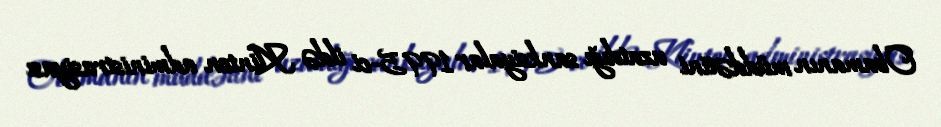
Obamanın müddətini uzatdığı sanksiyalar 1995-ci ildə Klinton administrasiyası